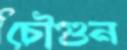
চৌগুন